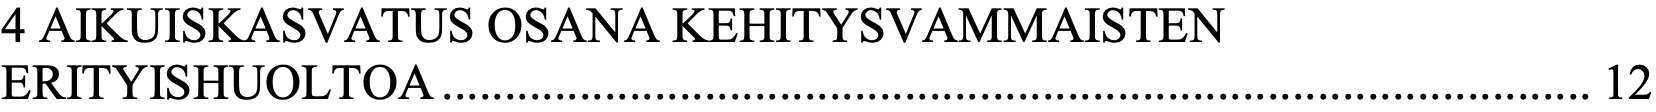
4 AIKUISKASVATUS OSANA KEHITYSVAMMAISTEN ERITYISHUOLTOA ............................................................................................ 12